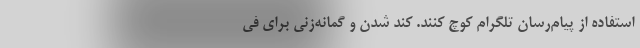
استفاده از پیام‌رسان تلگرام کوچ کنند. کند شدن و گمانه‌زنی برای فی